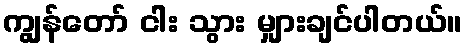
ကျွန်တော် ငါး သွား မျှားချင်ပါတယ်။